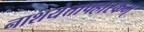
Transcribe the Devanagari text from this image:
नाशयेत्तापहारकम्